Document type: Sale
Year: 1435
Scribe: Pere Soler
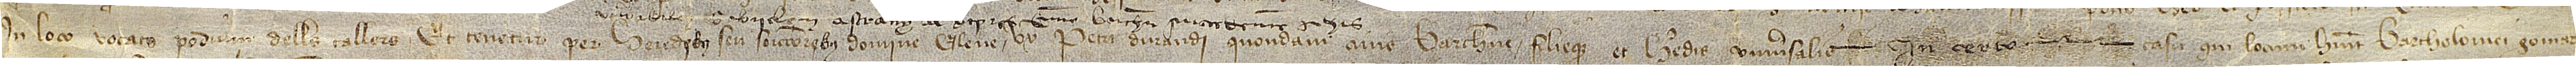
in loco vocato podium dells Tallers; et tenetur  per heredibus seu successoribus domine Elene, uxoris Petri Durandi, quondam, civis Barchinone, filieque et heredis universalis, in certo  casu qui locum habuit Bartholomei Gomar,